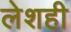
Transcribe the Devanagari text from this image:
लेशही